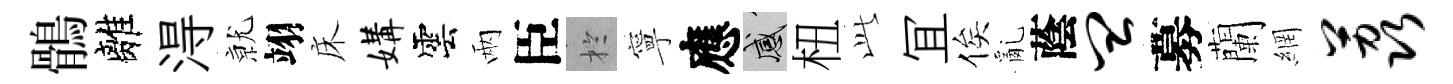
鶻離淂𭕒翊床媾雲兩臣扵寧應感杻𬼘冝俟亂蔭皿募蘭網荔